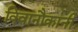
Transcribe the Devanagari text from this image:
विवानौकांनी